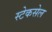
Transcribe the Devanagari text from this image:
स्टेकसेल